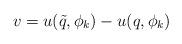
LaTeX: \begin{align*}v=u(\tilde{q},\phi_k)-u(q,\phi_k)\end{align*}